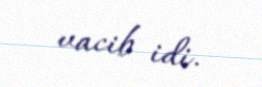
vacib idi.